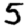
Digit: 5